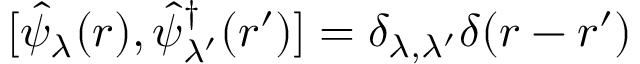
[ \hat { \psi } _ { \lambda } ( \boldsymbol { r } ) , \hat { \psi } _ { \lambda ^ { \prime } } ^ { \dagger } ( \boldsymbol { r } ^ { \prime } ) ] = \delta _ { \lambda , \lambda ^ { \prime } } \delta ( \boldsymbol { r } - \boldsymbol { r } ^ { \prime } )